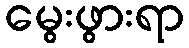
မွေးဖွားရာ